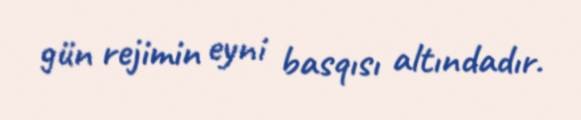
gün rejimin eyni basqısı altındadır.